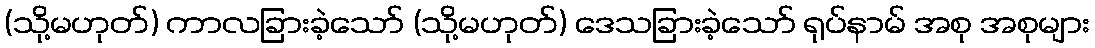
(သို့မဟုတ်) ကာလခြားခဲ့သော် (သို့မဟုတ်) ဒေသခြားခဲ့သော် ရုပ်နာမ် အစု အစုများ